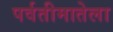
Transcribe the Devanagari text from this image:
पर्वतीमातेला